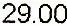
29.00